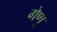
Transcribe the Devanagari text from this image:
गेणू